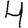
Digit: 4